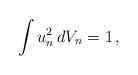
LaTeX: \begin{align*}\int u_n^2\, dV_n=1\,,\end{align*}